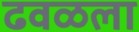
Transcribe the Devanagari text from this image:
ढवळला